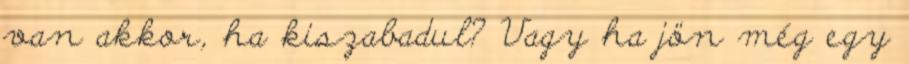
van akkor, ha kiszabadul? Vagy ha jön még egy